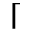
\lceil